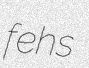
fehs